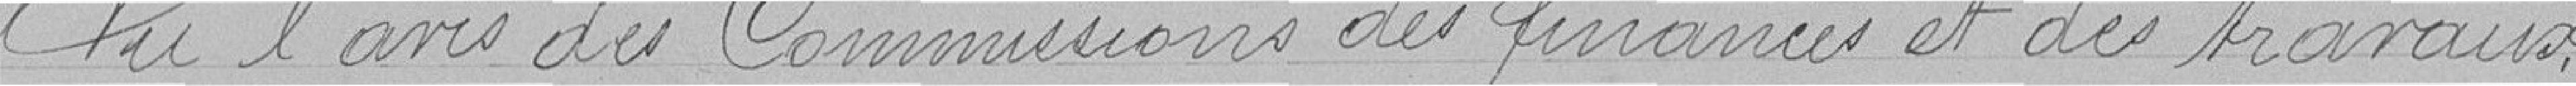
Vu l'avis des Commissions des finances et des travaux